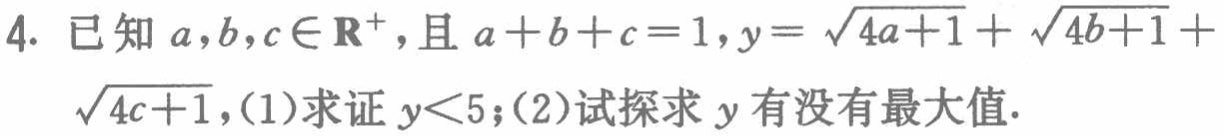
4. 已知\(a,b,c\in\mathbf{R}^{+}\)，且\(a + b + c = 1\)，\(y=\sqrt{4a + 1}+\sqrt{4b + 1}+\sqrt{4c + 1}\)，(1)求证\(y<5\)；(2)试探求\(y\)有没有最大值.